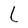
Character: L